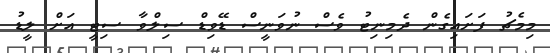
މިމެޗު ފަށައިގެން ދެމިނިޓު ވެސް ނުވަނީސް ޑޭވިޑް ސިލްވާ ސިޓީ އަށް ލީޑު